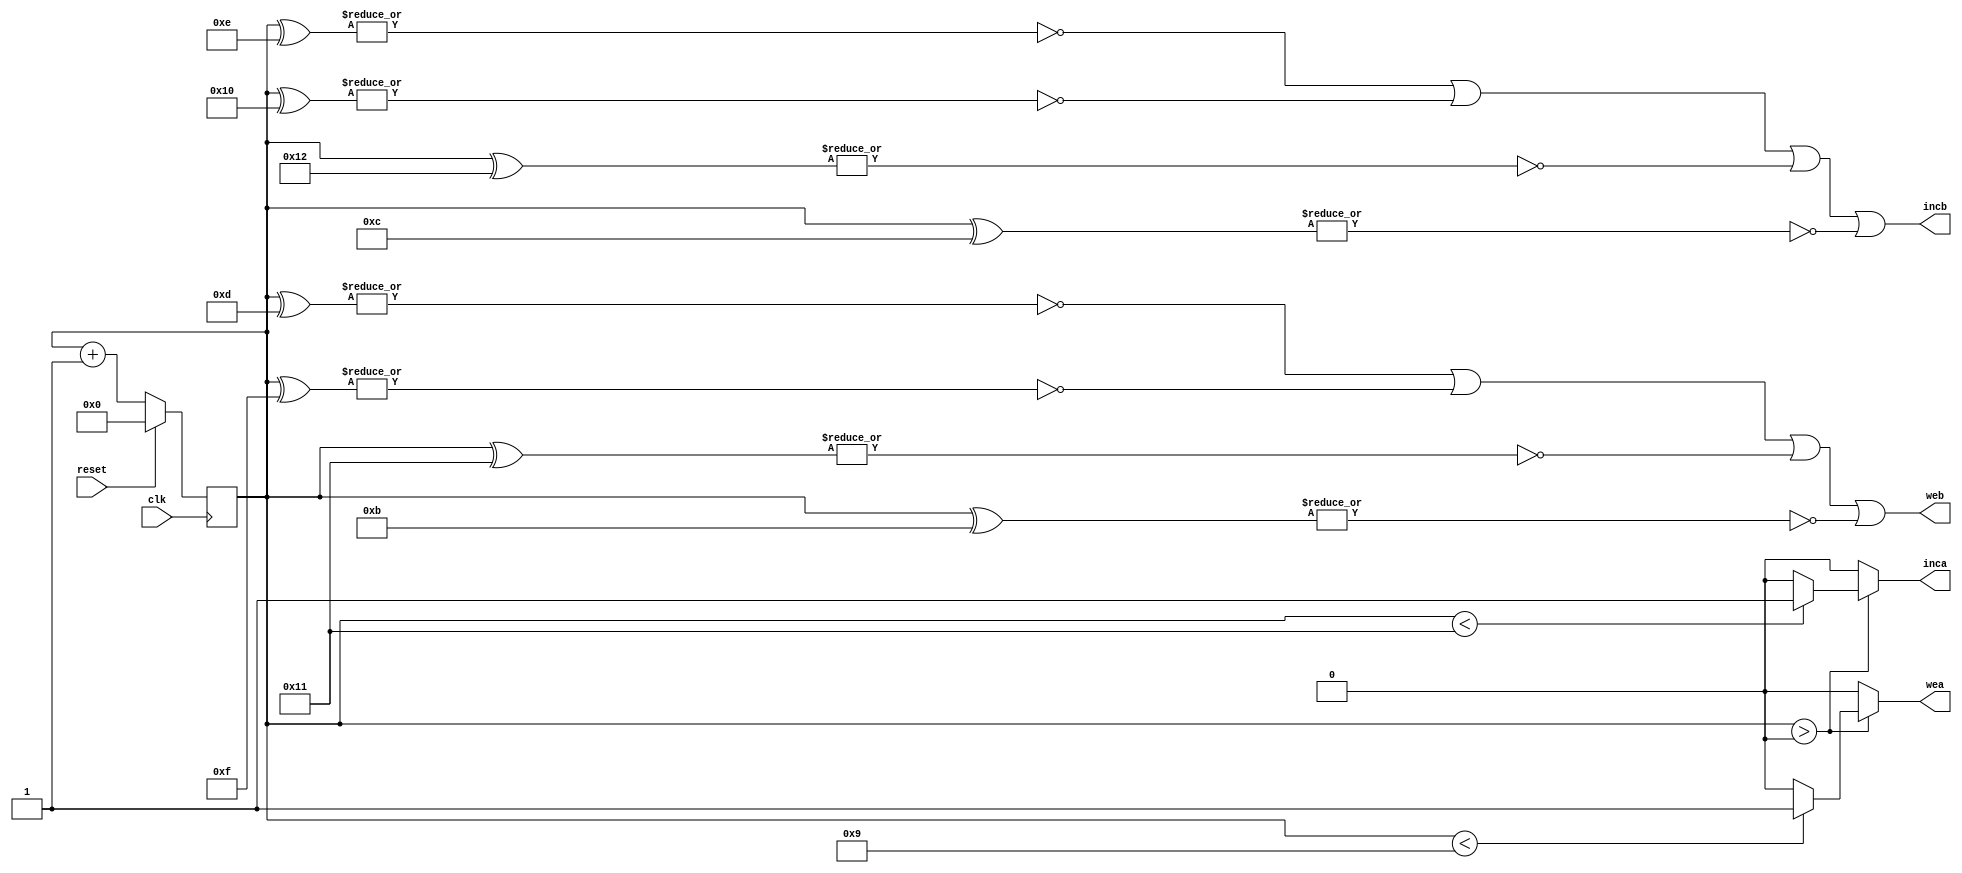
module controller(inca,incb,wea,web,reset,clk);
input reset,clk;
output wea,web,inca,incb;
wire rst;
reg[4:0] c;
always@ (posedge clk)
begin
c<=c+1;
if(reset | reset)
c<=5'b00000;
//if(rst)
//c<=5'bx;
end
assign wea=(c>0)?(c<9)?1:0:0;
assign inca=(c>0)?(c<17)?1:0:0;
assign web=((~|(c^5'b01101))|(~|(c^5'b01111))|(~|(c^5'b10001))|(~|(c^5'b01011)));//|(~|(c^5'b10011)));
assign incb=((~|(c^5'b01110))|(~|(c^5'b10000))|(~|(c^5'b10010))|(~|(c^5'b01100)));//|(~|(c^5'b10100)));
assign rst=(~|(c^5'b10011));
endmodule